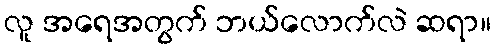
လူ အရေအတွက် ဘယ်လောက်လဲ ဆရာ။